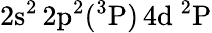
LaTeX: \mathrm{2s^{2}\, 2p^{2}(^{3}P)\, 4d~^{2}P}